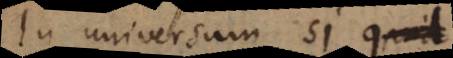
In universum si sint